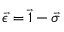
\vec { \epsilon } = \vec { 1 } - \vec { \sigma }